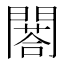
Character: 𨶀